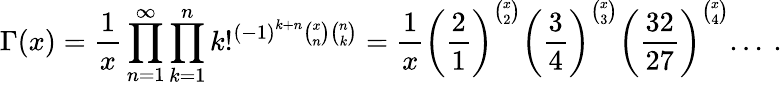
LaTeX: \Gamma(x)=\frac{1}{x}\prod_{n=1}^{\infty}\prod_{k=1}^{n}k!^{\left(-1\right)^{k+n}\binom{x}{n}\binom{n}{k}}=\frac{1}{x}\left(\frac{2}{1}\right)^{\binom{x}{2}}\left(\frac{3}{4}\right)^{\binom{x}{3}}\left(\frac{32}{27}\right)^{\binom{x}{4}}...\: .